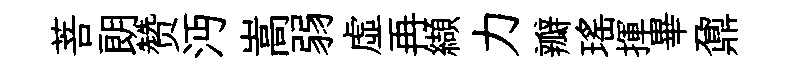
菩朗赞沔嵩弱虚再纈力瓣瑤揮畢鼐